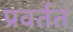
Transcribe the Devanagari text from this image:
प्रवर्तत